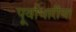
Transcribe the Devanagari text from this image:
पूर्वाधारींचा